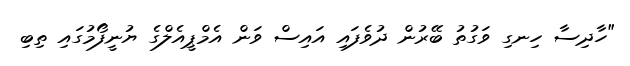
"ހާދިސާ ހިނގި ވަގުތު ބޭރުން ދުވެފައި އައިސް ވަން އެމްޕީއެލްގެ ޔުނީފޯމުގައި ތިބި